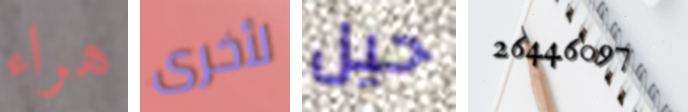
هراء لأخرى حيل 26446097